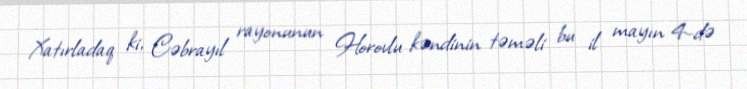
Xatırladaq ki, Cəbrayıl rayonunun Horovlu kəndinin təməli bu il mayın 4-də